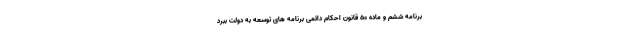
برنامه ششم و ماده ۵۰ قانون احکام دائمی برنامه های توسعه به دولت ببرد